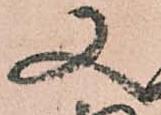
又